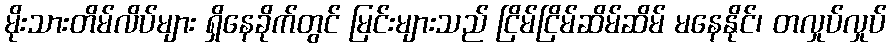
မိုးသားတိမ်လိပ်များ ရှိနေခိုက်တွင် မြင်းများသည် ငြိမ်ငြိမ်ဆိမ်ဆိမ် မနေနိုင်၊ တလှုပ်လှုပ်